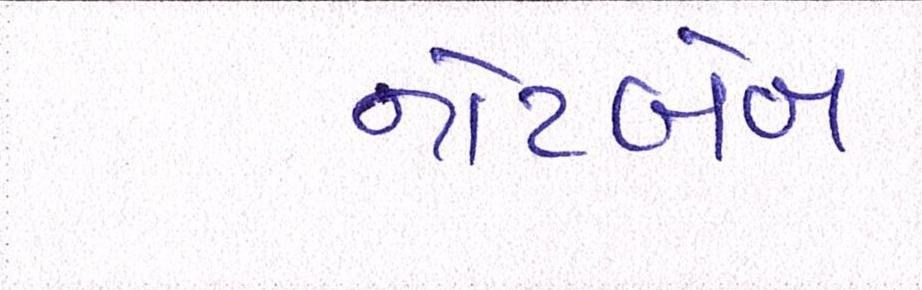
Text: નોટબેન